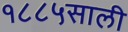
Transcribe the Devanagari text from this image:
१८८५साली